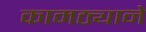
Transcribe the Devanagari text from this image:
कामठ्याने